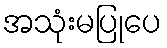
အသုံးမပြုပေ